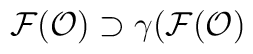
{\cal F}({\cal O}) \supset \gamma ({\cal F}({\cal O})